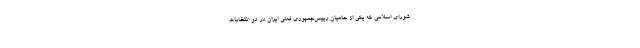
شوراي اسلامي كه يكي از حاميان رييس‌جمهوري فعلي ايران در دو انتخابات